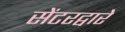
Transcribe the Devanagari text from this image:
सेंटरद्वारे